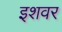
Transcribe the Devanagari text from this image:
इशवर